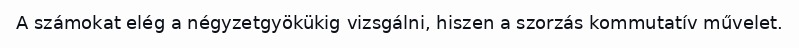
A számokat elég a négyzetgyökükig vizsgálni, hiszen a szorzás kommutatív művelet.